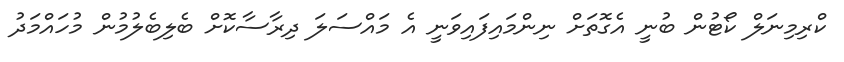
ކްރިމިނަލް ކޯޓުން ބުނީ އެގޮތަށް ނިންމައިފައިވަނީ އެ މައްސަލަ ދިރާސާކޮށް ބެލިބެލުމުން މުހައްމަދު